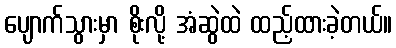
ပျောက်သွားမှာ စိုးလို့ အံဆွဲထဲ ထည့်ထားခဲ့တယ်။